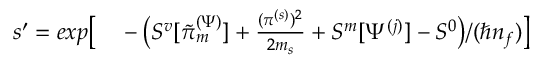
\begin{array} { r l } { s ^ { \prime } = e x p \big [ } & { { } - \big ( S ^ { v } [ \tilde { \pi } _ { m } ^ { ( \Psi ) } ] + \frac { ( \pi ^ { ( s ) } ) ^ { 2 } } { 2 m _ { s } } + S ^ { m } [ \Psi ^ { ( j ) } ] - S ^ { 0 } \big ) / ( \hbar n _ { f } ) \big ] } \end{array}